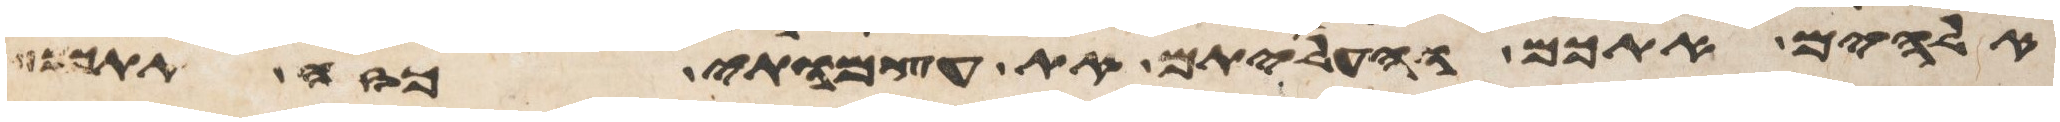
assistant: אלהים אתכם והעליתם את עצמתי מזה אתכם